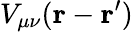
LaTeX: V_{\mu\nu}(\mathbf{r}-\mathbf{r^{\prime}})